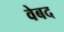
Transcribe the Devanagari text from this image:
वेबद